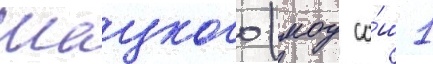
Шацкого (моу со́ш 1